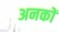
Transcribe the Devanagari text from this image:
अनकों